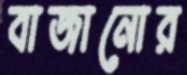
বাজানোর